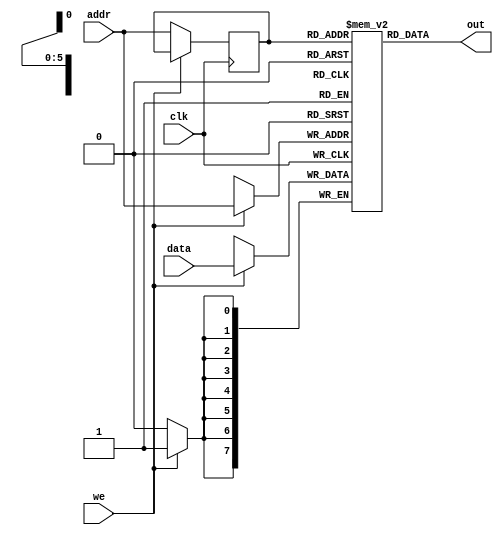
`timescale 1ns / 1ps
//////////////////////////////////////////////////////////////////////////////////
// Company: 
// Engineer: 
// 
// Design Name: 
// Module Name: por
// Project Name: 
// Target Devices: 
// Tool Versions: 
// Description: 
// 
// Dependencies: 
// 
// Revision:
// Revision 0.01 - File Created
// Additional Comments:
// 
//////////////////////////////////////////////////////////////////////////////////


module por(
input [7:0] data, //data input
 input [5:0] addr, //address
 input we, //write enable
 input clk, // clock
 output [7:0] out //output


    );
    
    reg [7:0] ram[63:0]; /* 64 memory locations, requires 6-address lines to
    represent the location and each location has 8 bit of data */
     reg [5:0] addr_reg; //address register
    
     always@(posedge clk)
     begin
     if(we)
      ram[addr]<= data;
      else
      addr_reg <= addr;
      end
      assign out=ram[addr_reg];
endmodule